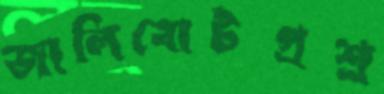
জালিবোটপ্রশ্র